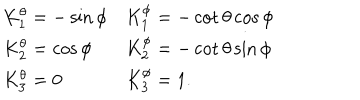
\begin{array} { l l } { { K _ { 1 } ^ { \theta } = - \sin \phi } } & { { K _ { 1 } ^ { \phi } = - \cot \theta \cos \phi } } \\ { { K _ { 2 } ^ { \theta } = \cos \phi } } & { { K _ { 2 } ^ { \phi } = - \cot \theta \sin \phi } } \\ { { K _ { 3 } ^ { \theta } = 0 } } & { { K _ { 3 } ^ { \phi } = 1 . } } \\ \end{array}